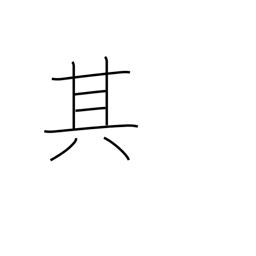
Meaning: that